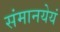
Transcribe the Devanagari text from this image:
संमानयेयं